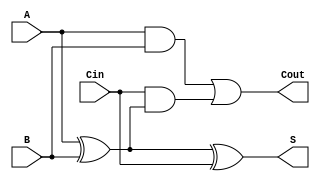
module FullAdder (
    input A,        // One bit of input A
    input B,        // One bit of input B
    input Cin,      // Carry input
    output S,       // Sum output
    output Cout     // Carry output
);
    assign S = A ^ B ^ Cin;                // Sum calculation
    assign Cout = (A & B) | (Cin & (A ^ B)); // Carry calculation
endmodule